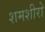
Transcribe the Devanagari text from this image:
शमशीरो